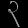
Digit: ၃